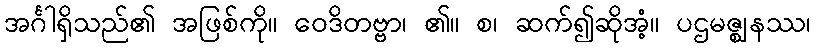
အင်္ဂါရှိသည်၏ အဖြစ်ကို။ ဝေဒိတဗ္ဗာ၊ ၏။ စ၊ ဆက်၍ဆိုအံ့။ ပဌမဇ္ဈနဿ၊